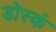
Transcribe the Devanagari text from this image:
डोस्कं